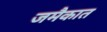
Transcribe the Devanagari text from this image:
जमैकात